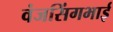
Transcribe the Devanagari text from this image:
वंजसिंगभाई